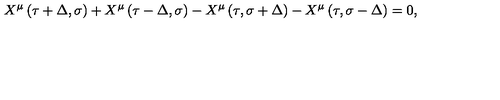
X ^ { \mu } \left( \tau + \Delta , \sigma \right) + X ^ { \mu } \left( \tau - \Delta , \sigma \right) - X ^ { \mu } \left( \tau , \sigma + \Delta \right) - X ^ { \mu } \left( \tau , \sigma - \Delta \right) = 0 ,